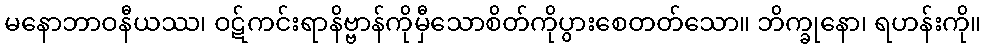
မနောဘာဝနီယဿ၊ ဝဋ်ကင်းရာနိဗ္ဗာန်ကိုမှီသောစိတ်ကိုပွားစေတတ်သော။ ဘိက္ခုနော၊ ရဟန်းကို။